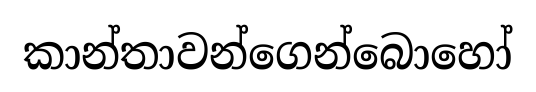
කාන්තාවන්ගෙන්බොහෝ